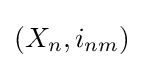
(X_{n},i_{nm})